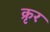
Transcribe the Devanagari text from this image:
क्रृर